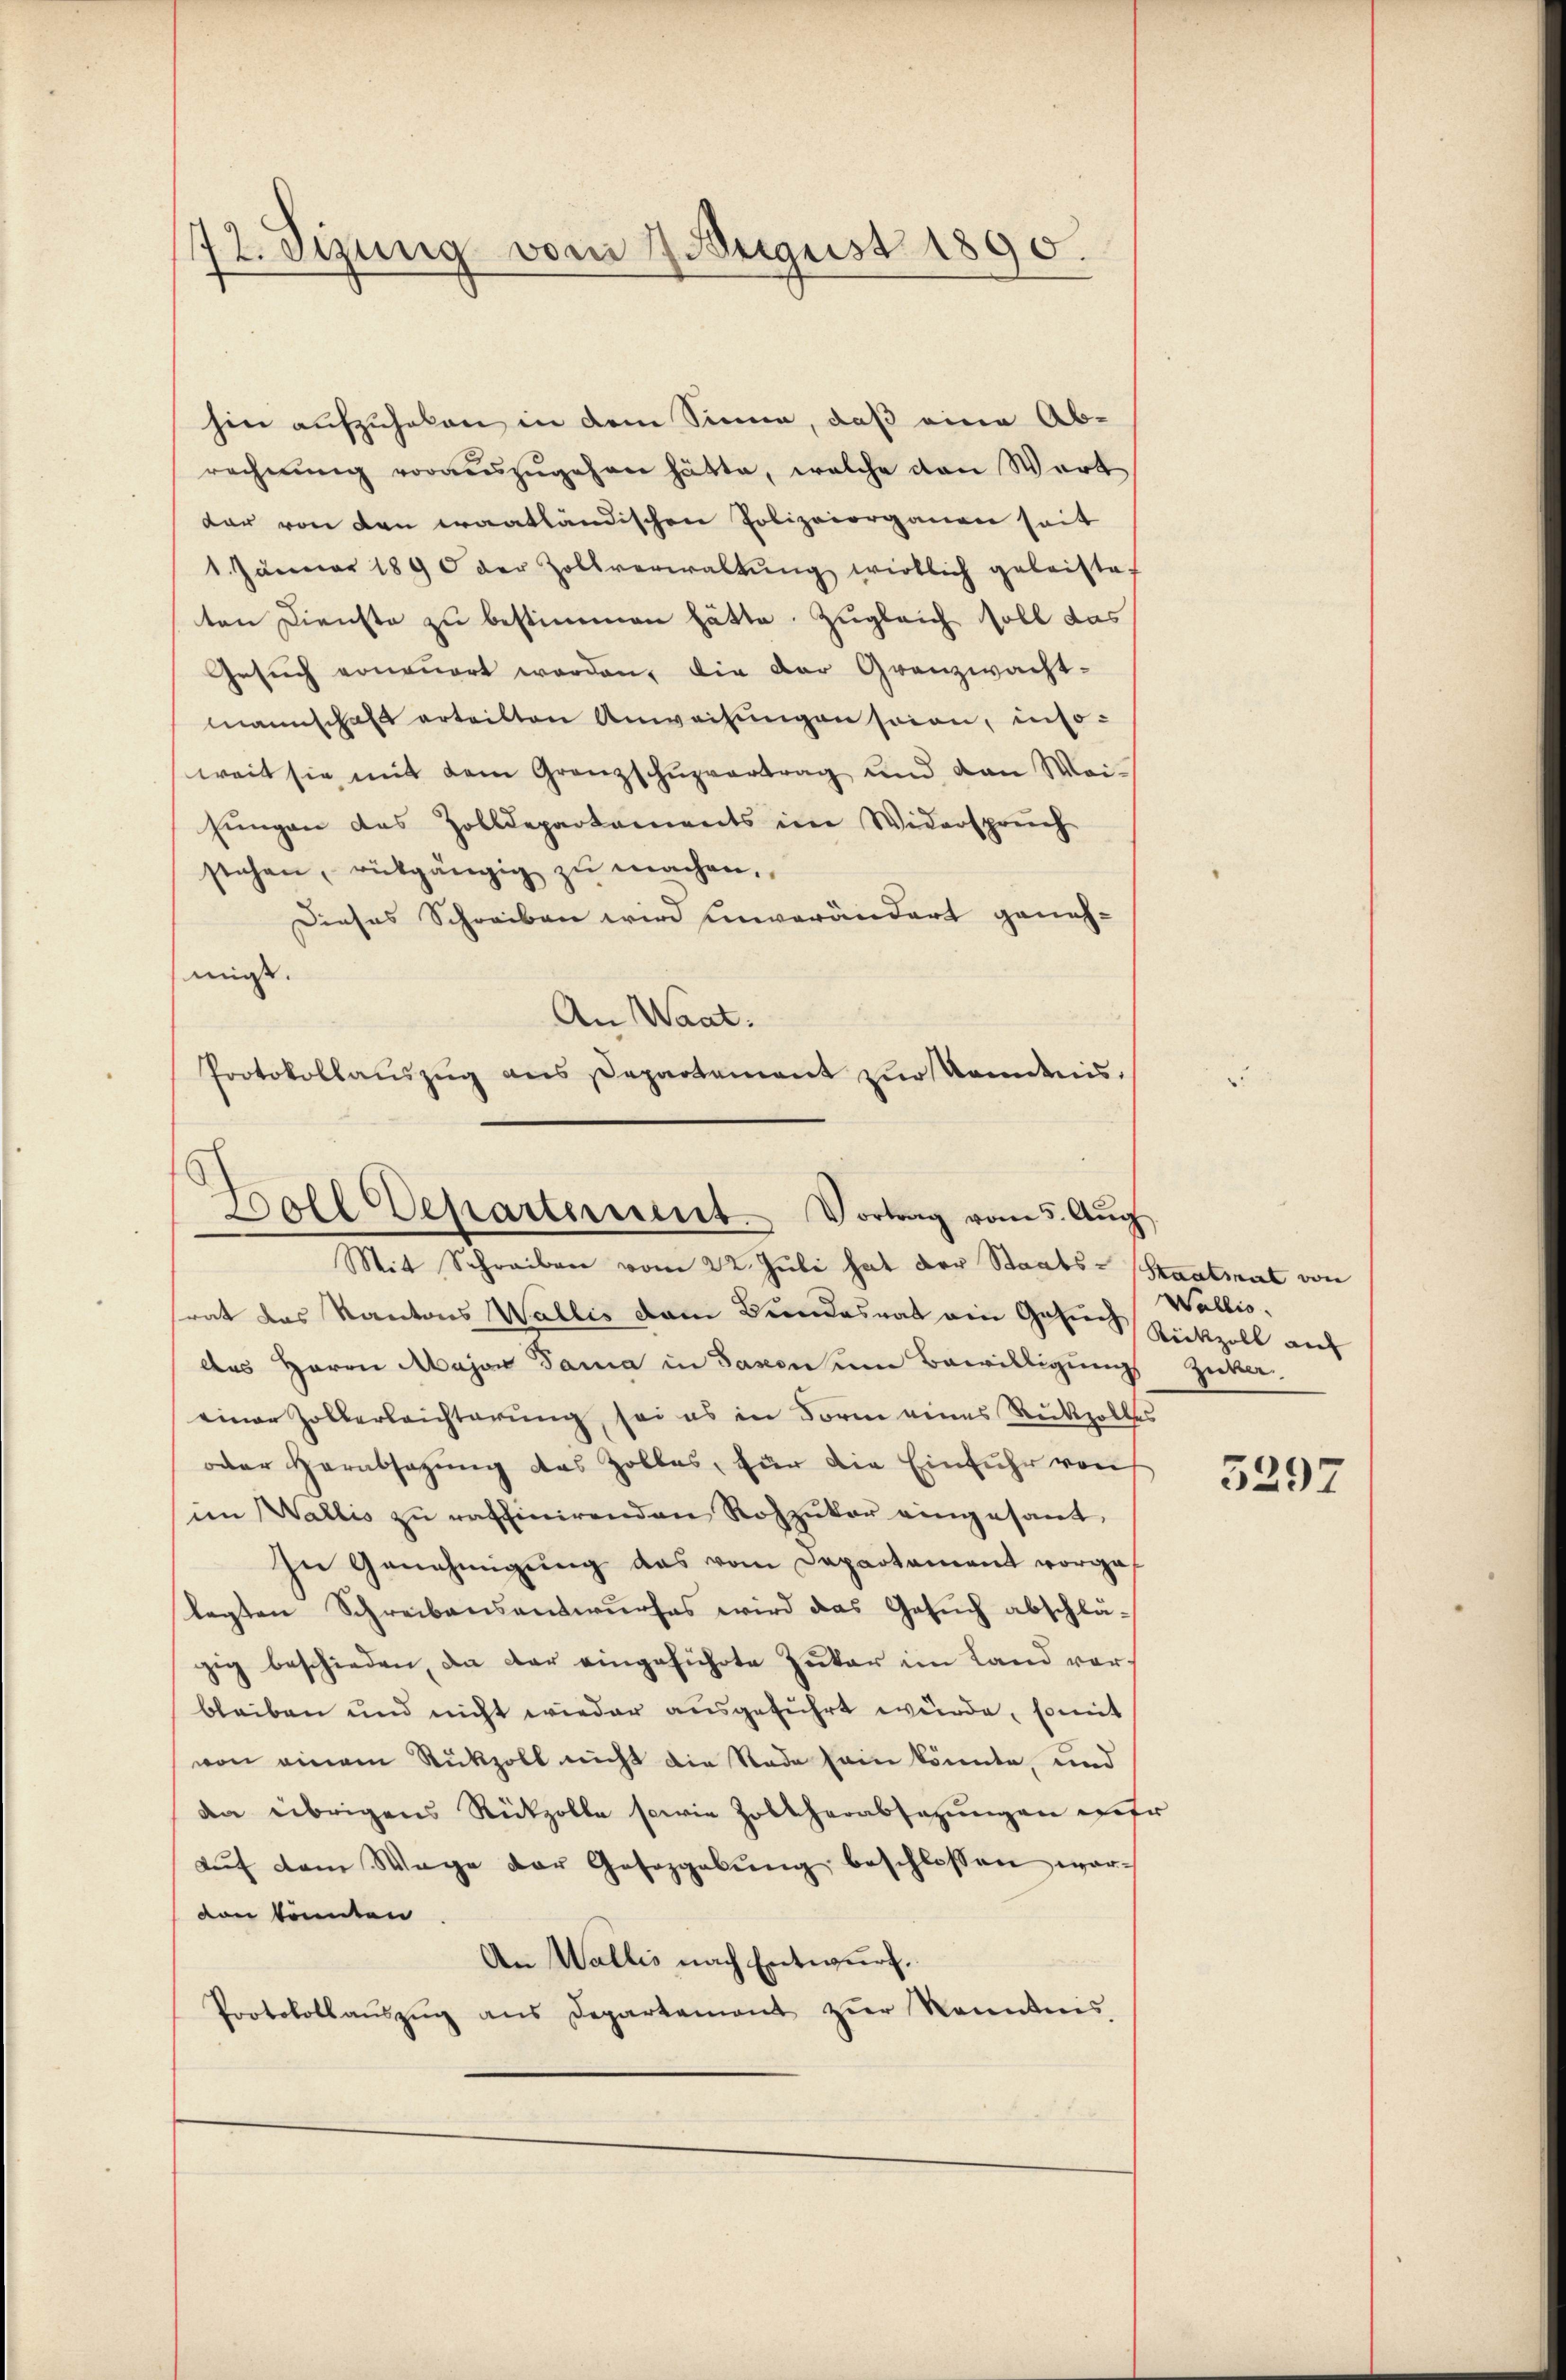
72. Sizung vom 7. August 1890.

hin aufzuholen in dem Sinne, daß eine Ab-
rechnŭng voraŭszŭgehen hätte, welche den Wert
dar von den erantländischen Polizeiorganen seit
1. Jänner 1890 der Zollverwaltŭng wirklich geleistet
ten Dienste zu bestimmen hätte. Zugleich soll das
Gesuch vonauert worden, die der Granzwacht-
mannschaft erteilten Anweisungen seien, insoweit sie mit dem Granzschuzvertrag und den Weihŭngen des Zolldepartements im Widersprüch
stehen, rückgängig zu machen,
Dieses Schreiben wird unverändert geneh-
mis.
An Waat.
Protokollaŭszŭg ans Departement zŭr Kandnis,

6
Boll Departement. Vortrag vom 5. Aŭg.
Mit Schreiben vom 22. Juli hat der Staats-Staatmat von

srat das Kantons Wallis dem Bundesrat ein Gehen Rückzoll auf
des Herrn Major dama in Saxon um Bewilligung Zucker.
einer Zollerleichterung, sei es in Form eines Rückzolles
oder Herabsagung des Zolles, für die Einfuhr von
im Wallis zu raffinirenden Rohzuker eingesant,
In Genehmigung das vom Departament vorgalegten Schreibensantwurfes wird das Gesuch abschläzig beschieden, da der eingeführte Zukar im Land vorbleiben und nicht wieder ausgeführt wurde, somit
von einem Rückzoll nicht die Rade sein könnte, und
den übrigens Rückzolle sowie Zoltherabsetzŭngen mehr
auf dem Wege der Gesezgebung beschlossen worvon könnten
An Wallis nach Entwurf.
Protokollaŭszŭg ans Departement zŭr Kenntnis

Wallis.

3297